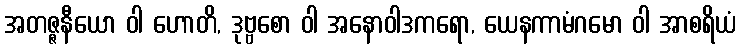
အတဇ္ဇနီယော ဝါ ဟောတိ, ဒုဗ္ဗစော ဝါ အနောဝါဒကရော, ယေနကာမံဂမော ဝါ အာစရိယံ